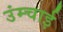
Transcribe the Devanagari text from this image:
उंम्चाई